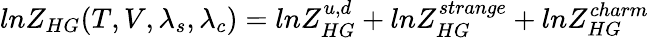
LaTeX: lnZ_{HG}(T,V,\lambda_{s},\lambda_{c})=lnZ_{HG}^{u,d}+lnZ_{HG}^{strange}+lnZ_{HG}^{charm}